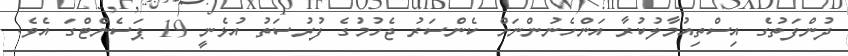
ދުންފަތުގެ އިސްތިއުމާލުކުރާ އަންހެނުންނަށް ކެންސަރު ޖެހުމުގެ ފުރުސަތު އުޅެނީ 19 ޕަސެންޓްގަ އެވެ.